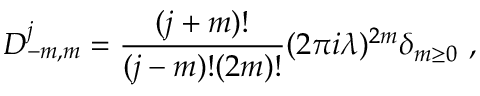
D _ { - m , m } ^ { j } = { \frac { ( j + m ) ! } { ( j - m ) ! ( 2 m ) ! } } ( 2 \pi i \lambda ) ^ { 2 m } \delta _ { m \geq 0 } ~ ,